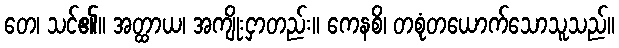
တေ၊ သင်၏။ အတ္ထာယ၊ အကျိုးငှာတည်း။ ကေနစိ၊ တစုံတယောက်သောသူသည်။